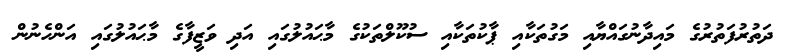
ދަތުރުފަތުރުގެ މައިދާނުގައްޔާއި މަގުތަކާއި ޕާކުތަކާއި ސުކޫލްތަކުގެ މާޙައުލުގައި އަދި ވަޒީފާގެ މާޙައުލުގައި އަންހެނުން